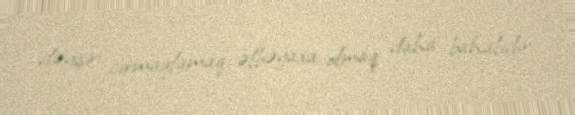
dəyişir: cırmaqlamaq, əlbəyaxa olmaq daha bahalıdır.